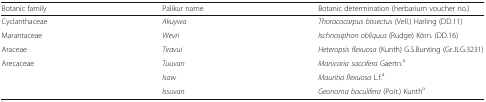
| Botanic family | Palikur name | Botanic determination (herbarium voucher no.) |
 | --- | --- | --- |
 | Cyclanthaceae | Akuywa | Thoracocarpus bissectus (Vell.) Harling (DD.11) |
 | Marantaceae | Wevri | Ischnosiphon obliquus (Rudge) Körn. (DD.16) |
 | Araceae | Tiravui | Heteropsis flexuosa (Kunth) G.S.Bunting (Gr.JLG.3231) |
 | <ROWSPAN=3> Arecaceae | Tuuvan | Manicaria saccifera Gaertn.a |
 | Isaw | Mauritia flexuosa L.f.a |
 | Issuvan | Geonoma baculifera (Poit.) Kuntha |